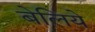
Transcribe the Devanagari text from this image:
बेलिये